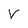
Character: V